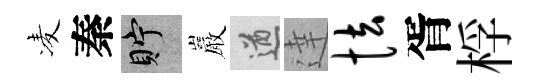
凌秦貯巖遒達怯胥桴